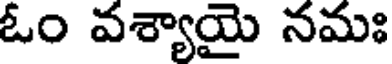
ఓం వశ్యాయై నమః